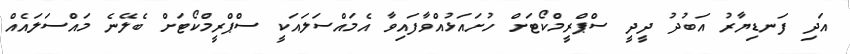
އަދި ފަނޑިޔާރު އަބުދު ދީދީ ސްޕްރީމްކޯޓަށް ހުށައަޅުއްވާފައިވާ އެމައްސަލައަކީ ސްޕްރީމްކޯޓަށް ބެލޭނެ މައްސަލައެއް